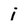
Character: i